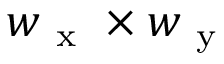
w _ { \mathrm { ~ x ~ } } \times w _ { \mathrm { ~ y ~ } }